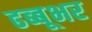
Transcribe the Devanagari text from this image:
ढब्बूभर